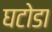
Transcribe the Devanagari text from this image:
घटोडा